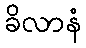
ခိလာနံ